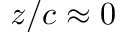
z / c \approx 0